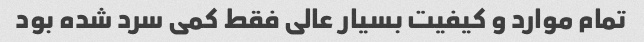
تمام موارد و کیفیت بسیار عالی فقط کمی سرد شده بود